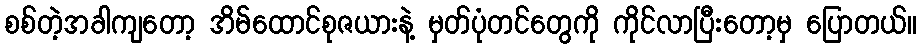
စစ်တဲ့အခါကျတော့ အိမ်ထောင်စုဇယားနဲ့ မှတ်ပုံတင်တွေကို ကိုင်လာပြီးတော့မှ ပြောတယ်။